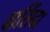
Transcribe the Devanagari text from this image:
बासिंदा